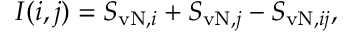
I ( i , j ) = S _ { \mathrm { v N } , i } + S _ { \mathrm { v N } , j } - S _ { \mathrm { v N } , i j } ,